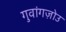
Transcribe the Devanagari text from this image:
गुवांगज़ोउ